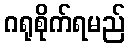
ဂရုစိုက်ရမည်